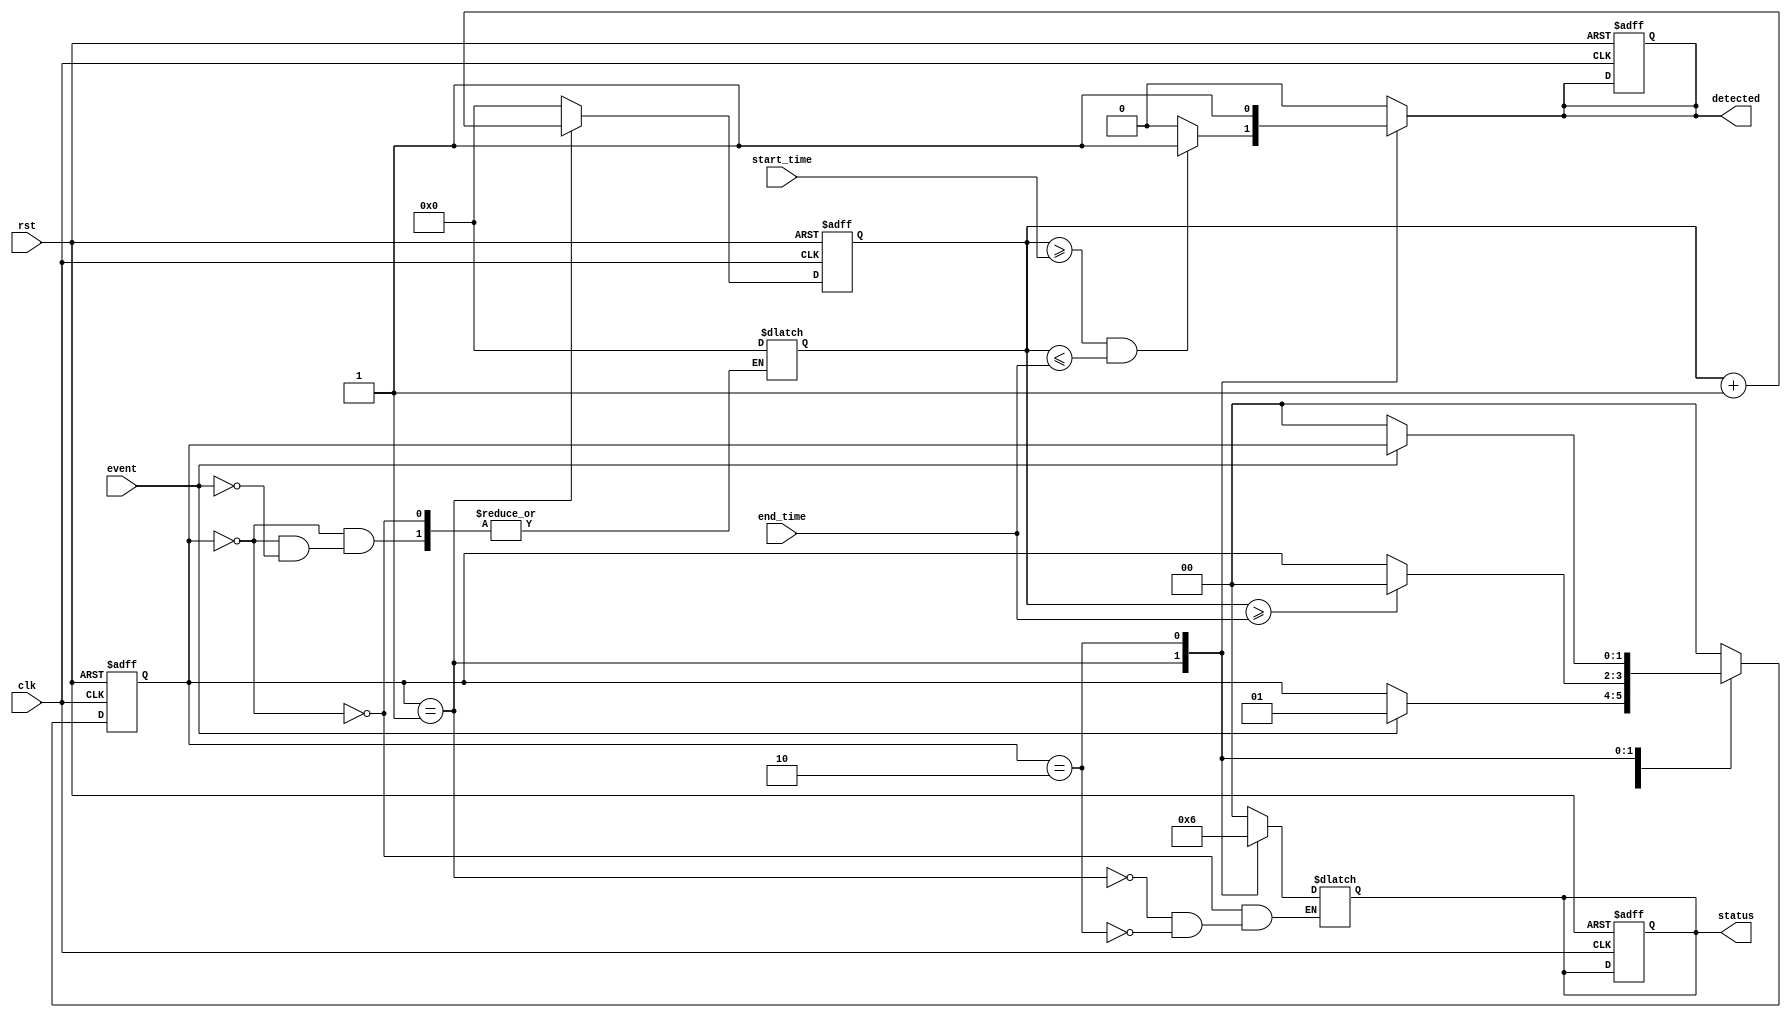
module MemoryBlocksTimeWindowDetector (
    input wire clk,
    input wire rst,
    input wire event,
    input wire [3:0] start_time,  // Start time of the detection window
    input wire [3:0] end_time,    // End time of the detection window
    output reg detected,
    output reg [1:0] status       // 00: Idle, 01: Detecting, 10: Confirmed
);

// State encoding
parameter IDLE = 2'b00;
parameter DETECTING = 2'b01;
parameter CONFIRMED = 2'b10;

// Internal registers
reg [1:0] current_state, next_state;
reg [3:0] counter; // Counter to track clock cycles

// State transition
always @(posedge clk or posedge rst) begin
    if (rst) begin
        current_state <= IDLE;
        counter <= 0;
        detected <= 0;
        status <= 2'b00;
    end else begin
        current_state <= next_state;
        if (current_state == DETECTING) begin
            counter <= counter + 1;
        end else begin
            counter <= 0; // Reset counter in other states
        end
    end
end

// Next state logic and output logic
always @(*) begin
    next_state = current_state;
    detected = 0;
    
    case (current_state)
        IDLE: begin
            status = 2'b00; // Idle
            if (event) begin
                next_state = DETECTING;
                counter = 0; // Reset counter when starting detection
            end
        end
        DETECTING: begin
            status = 2'b01; // Detecting
            if (counter >= start_time && counter <= end_time) begin
                detected = 1; // Generate detection signal
            end
            if (counter >= end_time) begin
                next_state = IDLE; // Move back to Idle after end_time
            end
        end
        CONFIRMED: begin
            status = 2'b10; // Confirmed
            detected = 1; // Maintain detection signal
            if (!event) begin
                next_state = IDLE; // Move back to Idle if event is no longer present
            end
        end
        default: begin
            next_state = IDLE; // Default state
        end
    endcase
end

endmodule